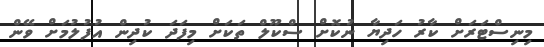
މިނިސްޓަރަށް ކާރު ހަދިޔާ ނުކޮށް ސްކޫލް ތަކަށް މިފަދަ ކުދިން އުފުލުމަށް ވޭން